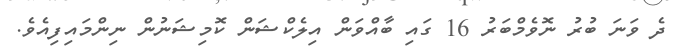
ދެ ވަނަ ބުރު ނޮވެމްބަރު 16 ގައި ބާއްވަން އިލެކްޝަން ކޮމިޝަނުން ނިންމައިފިއެވެ.